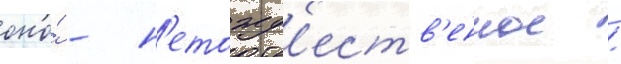
оно́ - н'етожд'еств'енное /